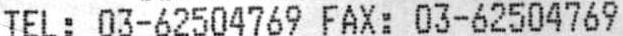
TEL: 03-62504769 FAX: 03-62504769